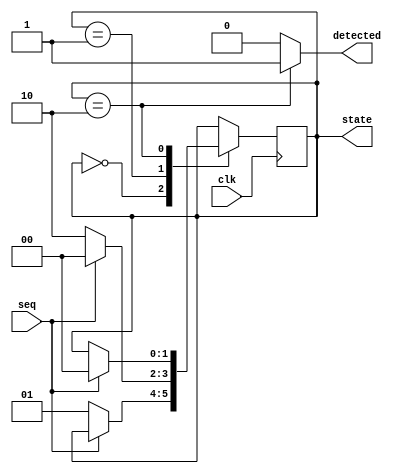
// Sequence 00 Detector
//
// States:
// 00 - 0 matched bits
// 01 - 1 matched bit
// 10 - 2 matched bits
module seq_00_detector(
  input clk,
  input seq,
  output detected,
  output reg [1:0] state
);
  localparam MATH_0 = 0;
  localparam MATH_1 = 1;
  localparam MATH_2 = 2;
  
  initial begin
    state = MATH_0;
  end
  
  always @(posedge clk) begin
    case(state)
      MATH_0 : begin
        if(seq == 0)
          state <= MATH_1;
      end
      MATH_1 : begin
        if(seq == 0)
          state <= MATH_2;
        else
          state <= MATH_0;
      end
      MATH_2 : begin
        if(seq == 1)
          state <= MATH_0;
      end
    endcase
  end
  
  assign detected = state == MATH_2 ? 1 : 0;
endmodule